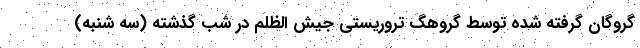
گروگان گرفته شده توسط گروهگ تروریستی جیش الظلم در شب گذشته (سه شنبه)